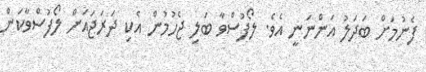
ފެނުމަށް ބަދަލު އަންނަނީ އެވެ. ލޯފުސްވާ ބަލި ޖެހުމުން އެކި ދަރަޖައަށް ލޯފުސްވާކަން